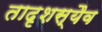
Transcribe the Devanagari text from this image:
तादृशस्यैव